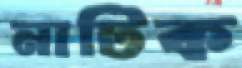
নাটিক